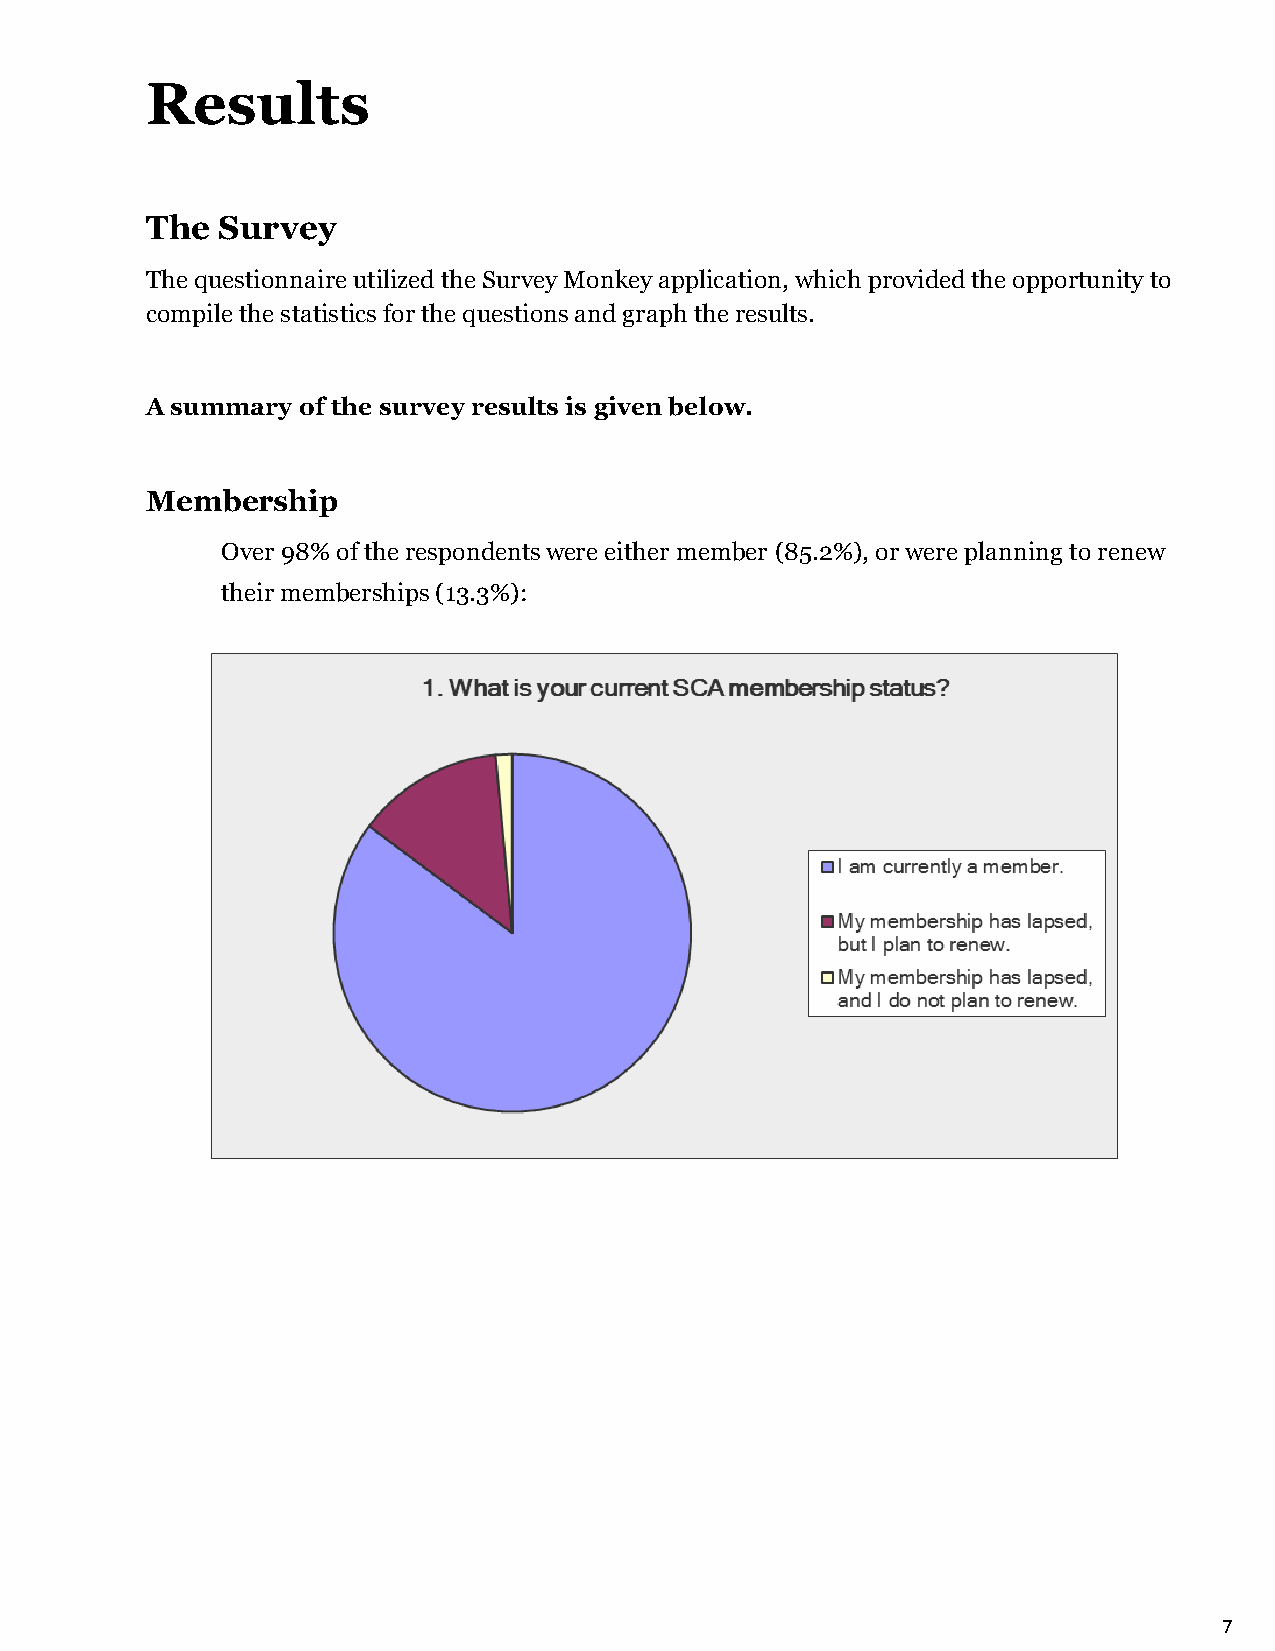
Results
 The Survey
 The questionnaire utilized the Survey Monkey application, which provided the opportunity to
 compile the statistics for the questions and graph the results.
 A summary of the survey results is given below.
 Membership
 Over 98% of the respondents were either member (85.2%), or were planning to renew
 their memberships (13.3%):
 7